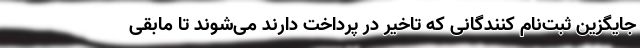
جایگزین ثبت‌نام کنندگانی که تاخیر در پرداخت دارند می‌شوند تا مابقی